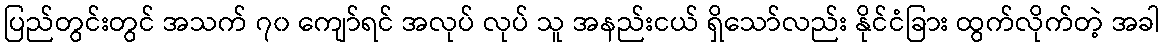
ပြည်တွင်းတွင် အသက် ၇၀ ကျော်ရင် အလုပ် လုပ် သူ အနည်းငယ် ရှိသော်လည်း နိုင်ငံခြား ထွက်လိုက်တဲ့ အခါ